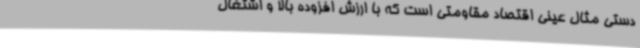
دستی مثال عینی اقتصاد مقاومتی است که با ارزش افزوده بالا و اشتغال